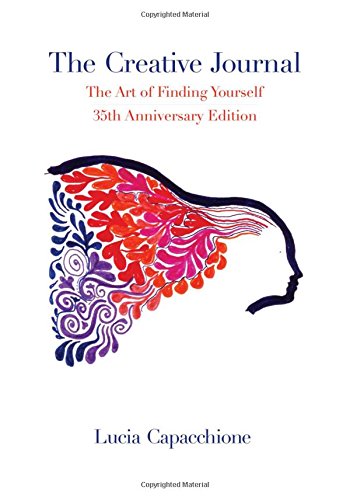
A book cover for The Creative Journal: The Art of Finding Yourself: 35th Anniversary Edition; Lucia Capacchione; Self-Help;